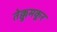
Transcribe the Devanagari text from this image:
तेक्कुमकूर